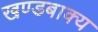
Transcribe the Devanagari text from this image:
खण्डबाक्य